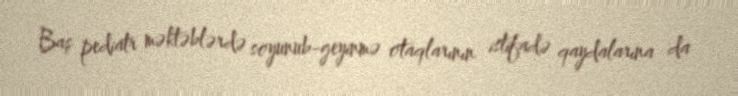
Baş pediatr məktəblərdə soyunub-geyinmə otaqlarının istifadə qaydalarına da